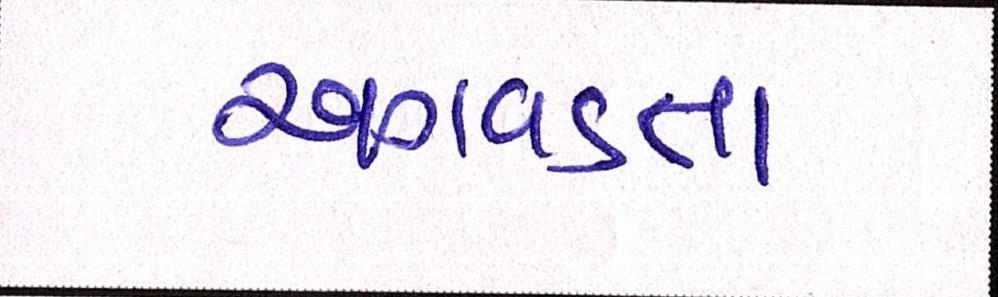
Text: અગવડતા